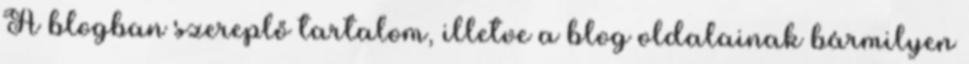
A blogban szereplő tartalom, illetve a blog oldalainak bármilyen